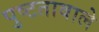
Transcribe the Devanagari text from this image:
पुष्टतावाले